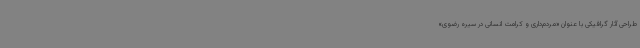
طراحی آثار گرافیکی با عنوان «مردم‌داری و کرامت انسانی در سیره رضوی»